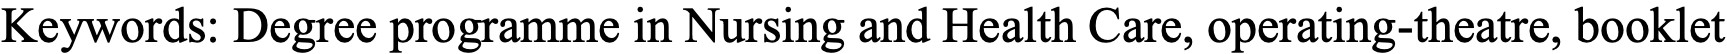
Keywords: Degree programme in Nursing and Health Care, operating-theatre, booklet